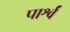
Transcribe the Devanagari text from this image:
पार्श्वं